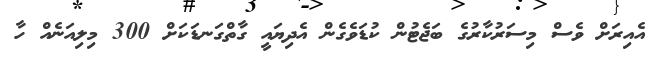
އެއިރަށް ވެސް މިސަރުކާރުގެ ބަޖެޓުން ކުޑަވެގެން އެދިޔައީ ގާތްގަނޑަކަށް 300 މިލިއަނެއް ހާ